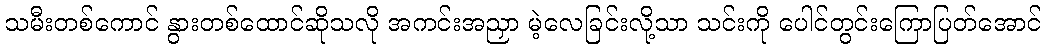
သမီးတစ်ကောင် နွားတစ်ထောင်ဆိုသလို အကင်းအညှာ မဲ့လေခြင်းလို့သာ သင်းကို ပေါင်တွင်းကြောပြတ်အောင်